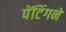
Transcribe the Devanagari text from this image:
पेंटिंगने